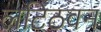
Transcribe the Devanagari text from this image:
लटिठवन